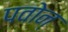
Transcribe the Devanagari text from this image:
पवोन्